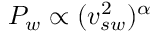
P _ { w } \propto ( v _ { s w } ^ { 2 } ) ^ { \alpha }